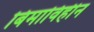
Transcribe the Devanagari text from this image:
बिमाविहीन